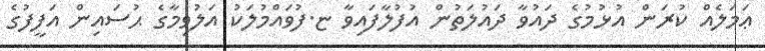
ޢަމަލެއް ކުރަން އުޅުމުގެ ދައުވާ ދައުލަތުން އުފުލާފައިވާ ޏ.ފުވައްމުލަކު އަލުވިމާގެ ޙުސައިން އަފީފުގެ